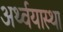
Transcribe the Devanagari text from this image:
अर्थ्वयास्था